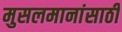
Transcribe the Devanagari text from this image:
मुसलमानांसाठी